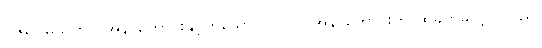
ဝဇိရူပမသုတ်၊ (အနာဟောင်းနှင့်တူသော ပုဂ္ဂိုလ်) အနာဟောင်းကို ထိခိုက်မိလျှင် ပြည်၊